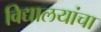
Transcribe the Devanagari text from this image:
विद्यालयांचा